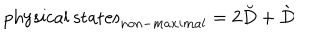
\mathrm { p h y s i c a l ~ s t a t e s } _ { n o n - m a x i m a l } = 2 \breve { D } + \grave { D }